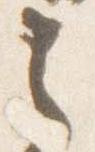
之